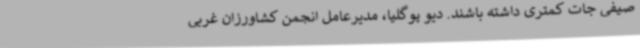
صیفی جات کمتری داشته باشند. دیو پوگلیا، مدیرعامل انجمن کشاورزان غربی